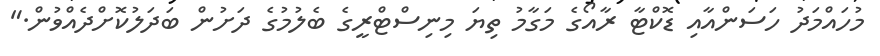
މުހައްމަދު ހަސަންއާއި ޑޮކްޓާ ރާއޯގެ މަގާމު ތިޔަ މިނިސްޓްރީގެ ބެލުމުގެ ދަށުން ބަދަލުކޮށްދެއްވުން."